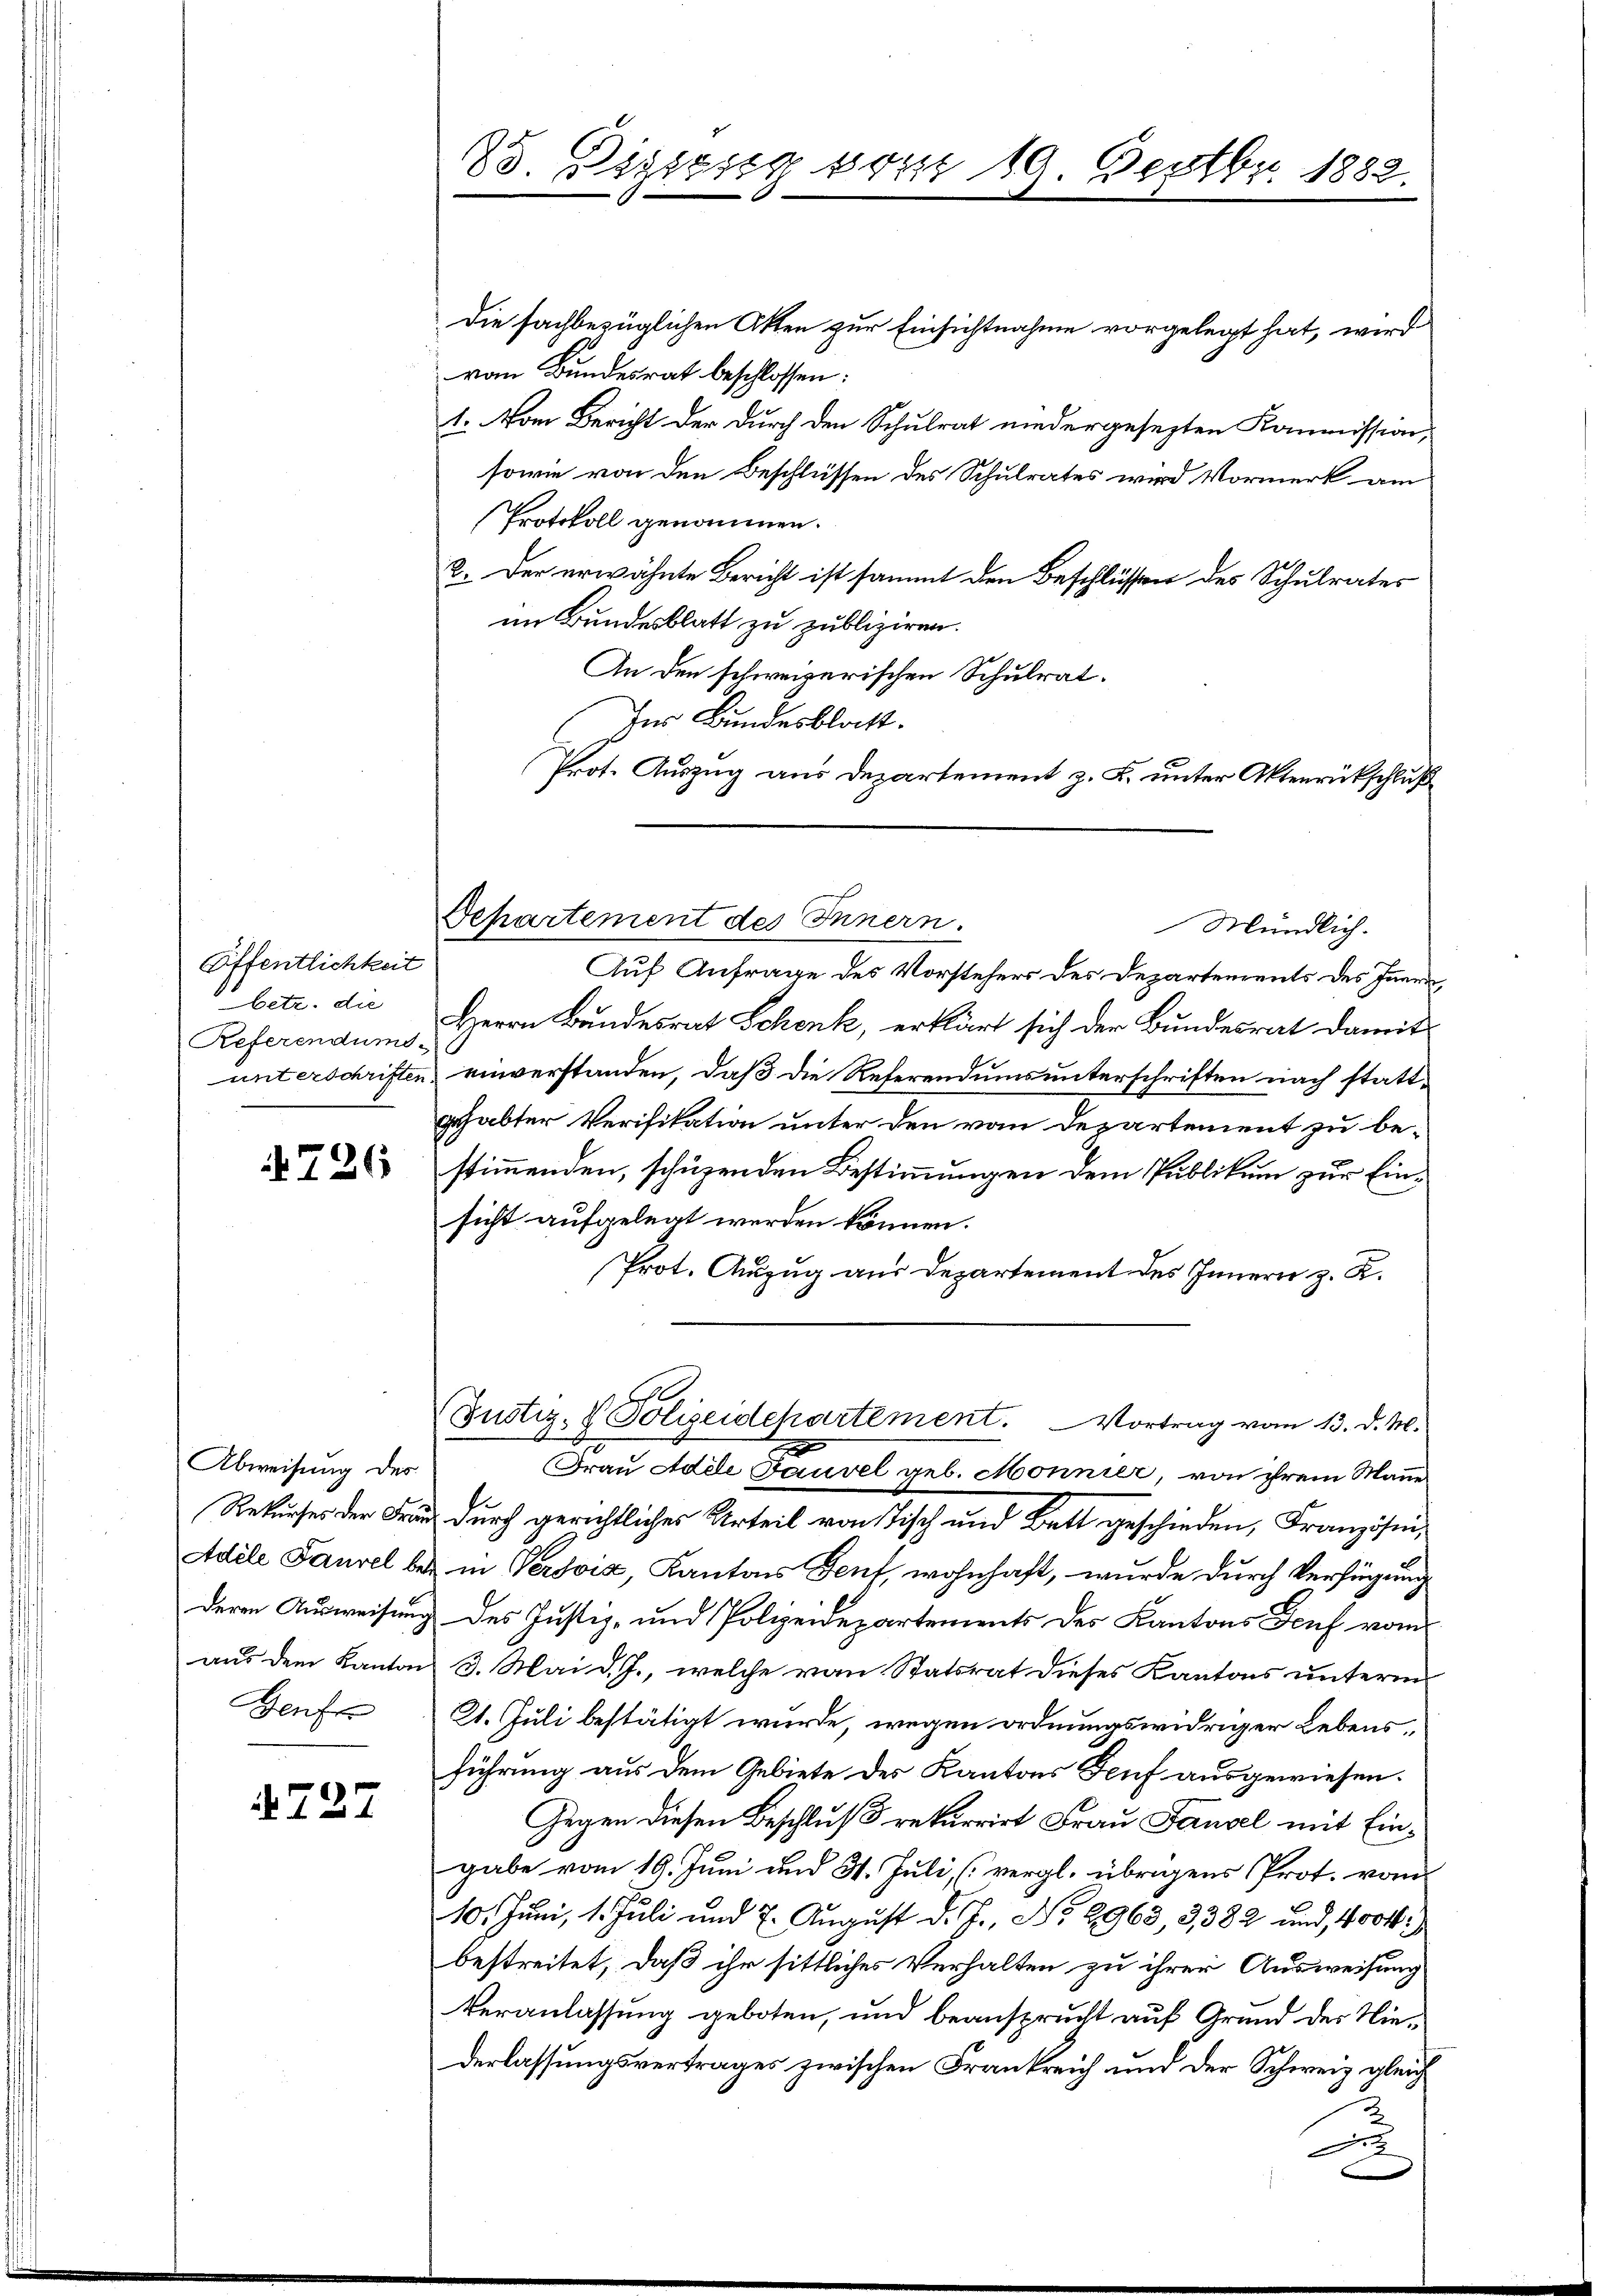
Öffentlichkeit
betr. die
Referendums.
unterschriften

726

Die sachbezüglichen Akten zur Einsichtnahme vorgelegt hat, wird
von Bundesrat beschlossen:
1. Vom Bericht der durch den Schulrat niedergesezten Kommission,
sowie von den Beschlüssen des Schulrates wird Vormerk am
Protokoll genommen.
2. Der erwähnte Bericht ist sammt den Beschlüssen des Schulrates
im Bundesblatt zu publiziren.
An den schweizerischen Schulrat.
Ins Bundesblatt.
Prot. Auszug aus Departement z. B. unter Aktenrückschluß

Abweisung des
Rekurses der Frau
Adele Tausel bet
deren Ausweisung
aus dem Kanton
Genfe

727

85. Diesig vom 19. Dectbr. 1882.

Departement des Innern.

Auf Anfrage des Vorstehers des Departements des Inner
Herrn Bundesrat Schenk, erklärt sich der Bundesrat damit
einverstanden, daß die Referendums unterschriften nach stattgehabter Verifikation unter den von Departement zu bestimmenden, schüzenden Bestimmungen dem Publikum zur Einsicht aufgelegt werden können.
Prot. Auszug aus Departement des Innern z. R.
Frau Adie Gauvel geb. Monnier, von ihrem Manne
durch gerichtliches Urteil vonstisch und Bett geschieden, Französi-
in Versis Kantons Genf, wohnhaft, wurde durch Verfügung
des Justiz- und Polizeidepartements des Kantons Teuf vom
3. Mai d. J., welche von Statsrat dieses Kantons unterm
21. Juli bestätigt wurde, wegen ordnungswidriger Lebensführung aus dem Gebiete des Kantons Genf ausgewiesen.
Gegen diesen Beschluß rekurrirt Frau Fausel mit Eingabe vom 19. Juni und 3. Juli (vergl. übrigens Prot. vom
10. Juni, 1. Juli und 7. August d. J., No 9963 3382 und 4004)
bestreitet, daß ihr sittliches Verhalten zu ihrer Ausweisung
Veranlassung geboten, und beansprucht auf Grund des Niederlassungsvertrages zwischen Frankreich und der Schweiz gleich
.

Mündlich.

Justiz- & Polizeidepartement. Vortrag vom 13. d. M.
e